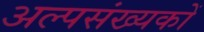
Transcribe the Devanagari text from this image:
अल्पसंख्‍यकों